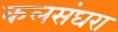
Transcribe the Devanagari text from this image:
कलसंघरा